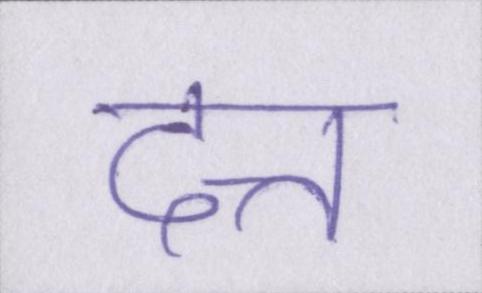
दत्त